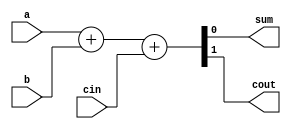
module fa_1bit(a,b,cin,sum,cout);
input a,b,cin;
output sum,cout;
assign {cout,sum}=a+b+cin; 
endmodule